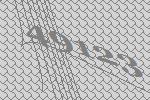
49123